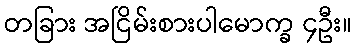
တခြား အငြိမ်းစားပါမောက္ခ ၄ဦး။